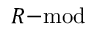
R { \mathrm { - m o d } }